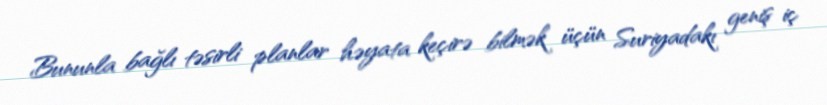
Bununla bağlı təsirli planlar həyata keçirə bilmək üçün Suriyadakı geniş iç